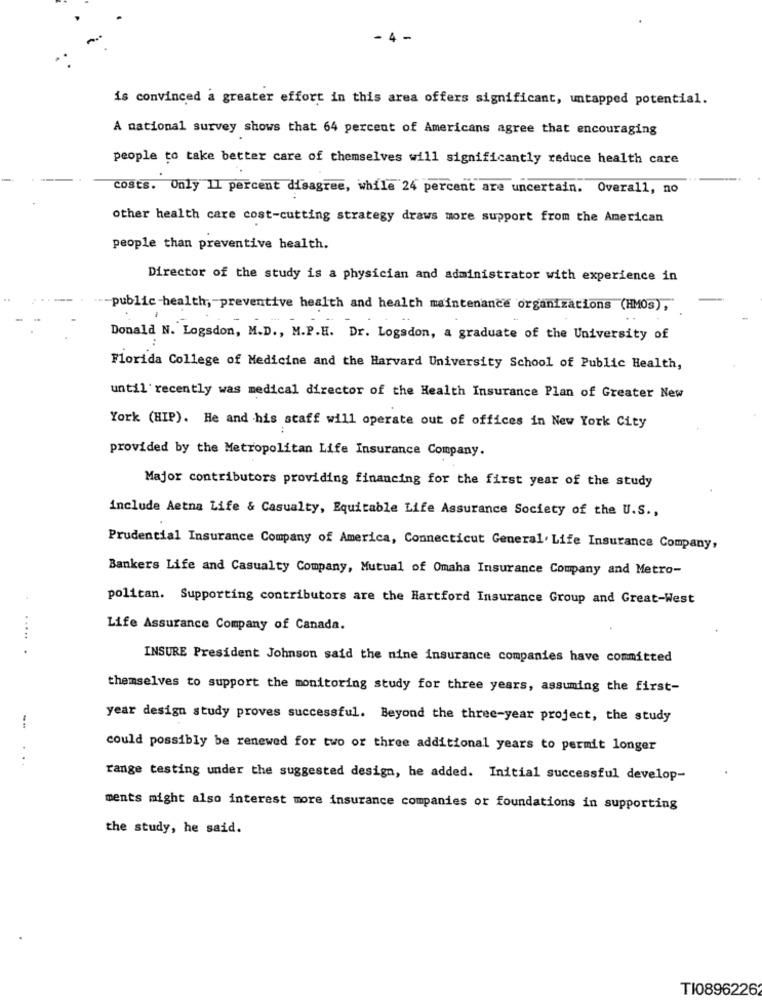
4 -
is convinced a greater effort in this area offers significant, untapped potential.
A national survey shows that 64 percent of Americans agree that encouraging
people to take better care of themselves will significantly reduce health care
costs. Only 11 percent disagree, while 24 percent are uncertain. Overall, no
other health care cost-cutting strategy draws more support from the American
people than preventive health.
Director of the study is a physician and administrator with experience in
-public -health, - preventive health and health maintenance organizations (HMOS),
Donald N. Logsdon, M.D ., M.P.H. Dr. Logsdon, a graduate of the University of
Florida College of Medicine and the Harvard University School of Public Health,
until recently was medical director of the Health Insurance Plan of Greater New
York (HIP). He and his staff will operate out of offices in New York City
provided by the Metropolitan Life Insurance Company.
Major contributors providing financing for the first year of the study
include Aetna Life & Casualty, Equitable Life Assurance Society of the U.S .,
Prudential Insurance Company of America, Connecticut General. Life Insurance Company,
Bankers Life and Casualty Company, Mutual of Omaha Insurance Company and Metro-
politan. Supporting contributors are the Hartford Insurance Group and Great-West
Life Assurance Company of Canada.
..... .
INSURE President Johnson said the nine insurance companies have committed
themselves to support the monitoring study for three years, assuming the first-
year design study proves successful. Beyond the three-year project, the study
--
could possibly be renewed for two or three additional years to permit longer
...
range testing under the suggested design, he added. Initial successful develop-
ments might also interest more insurance companies or foundations in supporting
the study, he said.
TI0896226